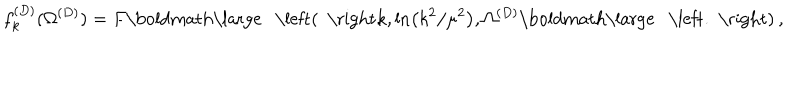
LaTeX: f _ { k } ^ { ( D ) } ( \Omega ^ { ( { D } ) } ) = F \mathrm { \boldmath \large ~ \left( ~ \right. ~ } \! \! \! k , \ln \left( k ^ { 2 } / \mu ^ { 2 } \right) , \Omega ^ { ( { D } ) } \mathrm { \boldmath \large ~ \left. ~ \right) ~ } \! \! \; ,